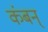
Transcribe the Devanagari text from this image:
कंबन्